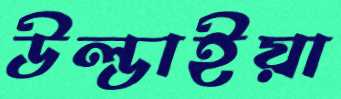
উল্ডাইয়া